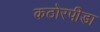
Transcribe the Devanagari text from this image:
कठोरपीडा